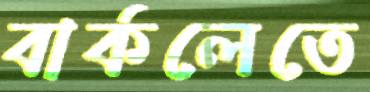
বার্কলেতে